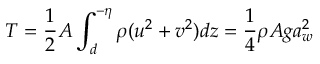
T = \frac { 1 } { 2 } A \int _ { d } ^ { - \eta } \rho ( u ^ { 2 } + v ^ { 2 } ) d z = \frac { 1 } { 4 } \rho A g a _ { w } ^ { 2 }